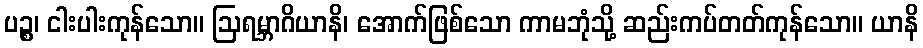
ပဉ္စ၊ ငါးပါးကုန်သော။ ဩရမ္ဘာဂိယာနိ၊ အောက်ဖြစ်သော ကာမဘုံသို့ ဆည်းကပ်တတ်ကုန်သော။ ယာနိ